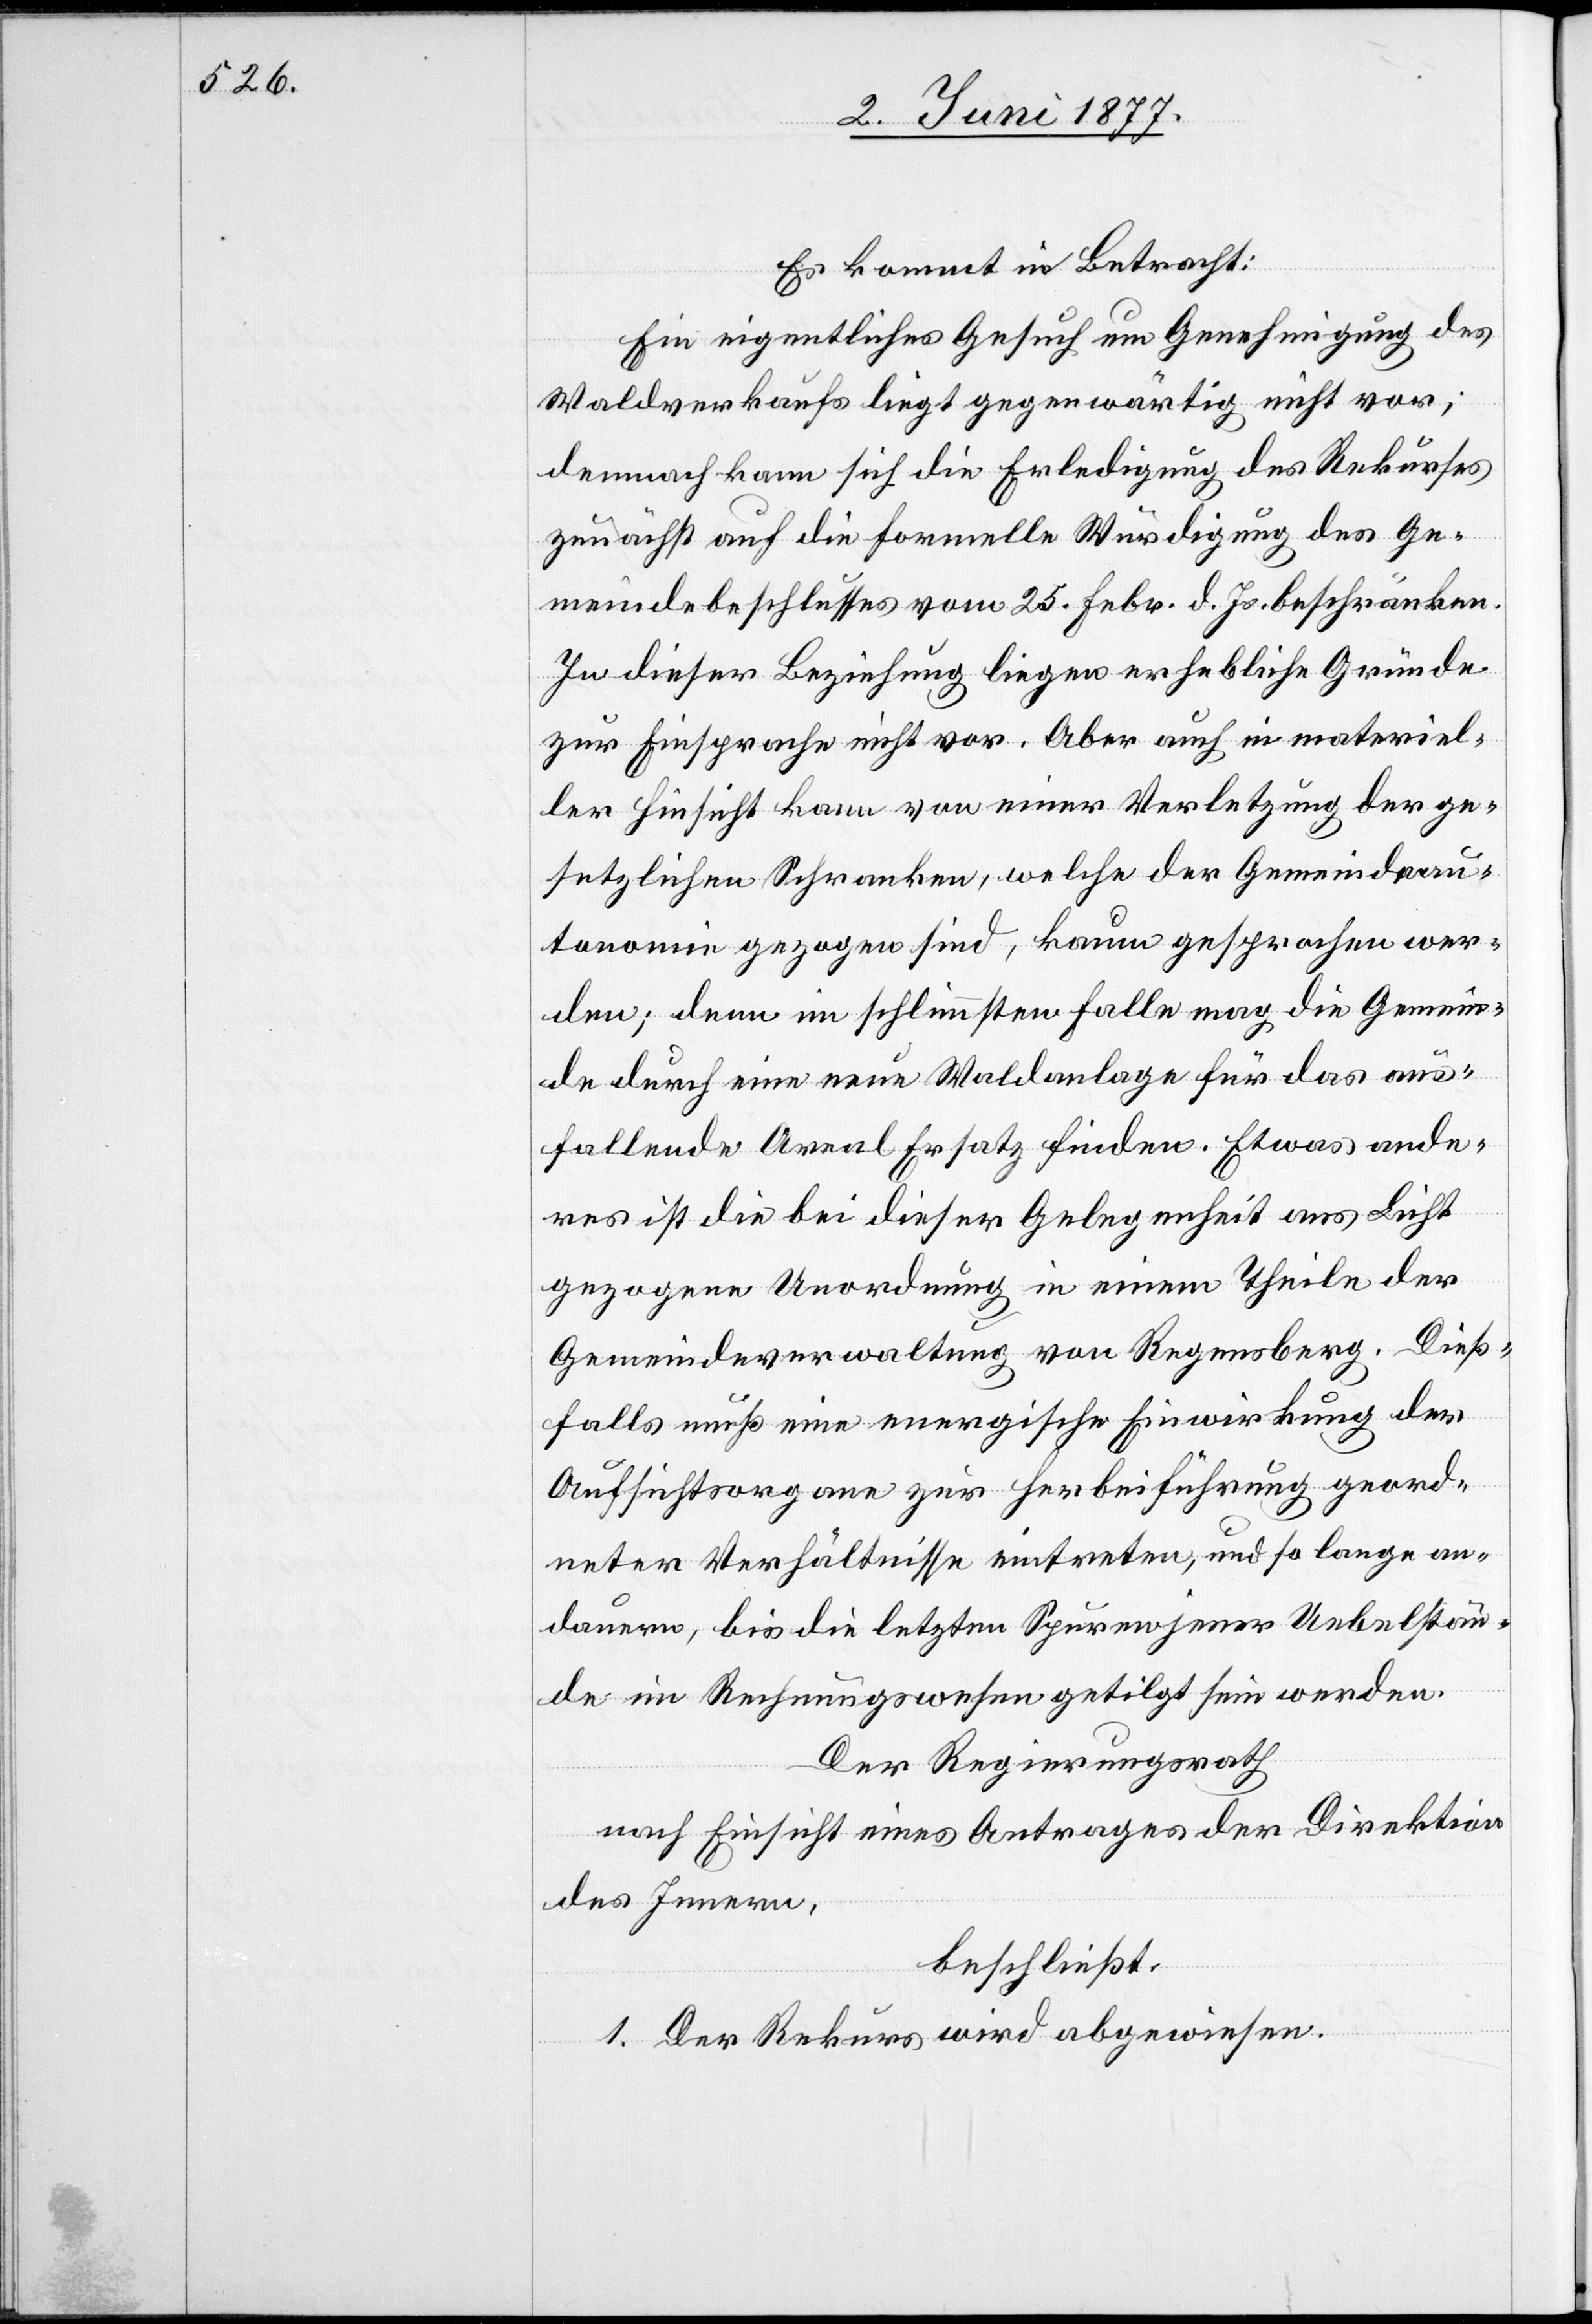
Es kommt in Betracht:
Ein eigentliches Gesuch um Genehmigung des
Waldverkaufs liegt gegenwärtig nicht vor;
demnach kann sich die Erledigung des Rekurses
zunächst auf die formelle Würdigung des Ge¬
meindebeschlusses vom 25. Febr. d. Js. beschränken.
In dieser Beziehung liegen erhebliche Gründe
zur Einsprache nicht vor. Aber auch in materiel¬
ler Hinsicht kann von einer Verletzung der ge¬
setzlichen Schranken, welche der Gemeindeau¬
tonomie gezogen sind, kaum gesprochen wer¬
den; denn im schlimmsten Falle mag die Gemein¬
de durch eine neue Waldanlage für das aus¬
fallende Areal Ersatz finden. Etwas ande¬
res ist die bei dieser Gelegenheit ans Licht
gezogene Unordnung in einem Theile der
Gemeindeverwaltung von Regensberg. Dieß¬
falls muß eine energische Einwirkung der
Aufsichtsorgane zur Herbeiführung geord¬
neter Verhältnisse eintreten, und so lange an¬
dauern, bis die letzten Spuren jener Uebelstän¬
de im Rechnungswesen getilgt sein werden.
Der Regierungsrath,
nach Einsicht eines Antrages der Direktion
des Innern,
beschließt:
1. Der Rekurs wird abgewiesen.